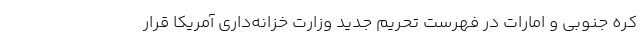
کره جنوبی و امارات در فهرست تحریم جدید وزارت خزانه‌داری آمریکا قرار